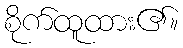
စိုက်ထူထား၏။